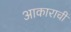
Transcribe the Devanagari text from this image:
आकाराचीं